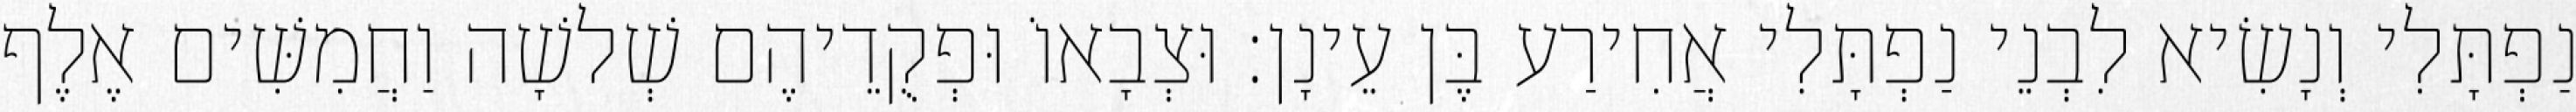
נַפְתָּלִי וְנָשִׂיא לִבְנֵי נַפְתָּלִי אֲחִירַע בֶּן עֵינָן׃ וּצְבָאוֹ וּפְקֻדֵיהֶם שְׁלשָׁה וַחֲמִשִּׁים אֶלֶף